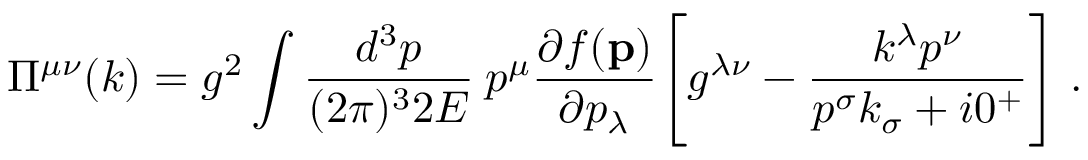
\Pi ^ { \mu \nu } ( k ) = g ^ { 2 } \int { \frac { d ^ { 3 } p } { ( 2 \pi ) ^ { 3 } 2 E } } \: p ^ { \mu } { \frac { \partial f ( { \bf p } ) } { \partial p _ { \lambda } } } \Bigg [ g ^ { \lambda \nu } - { \frac { k ^ { \lambda } p ^ { \nu } } { p ^ { \sigma } k _ { \sigma } + i 0 ^ { + } } } \Bigg ] \; .